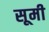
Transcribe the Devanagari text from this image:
सूमी